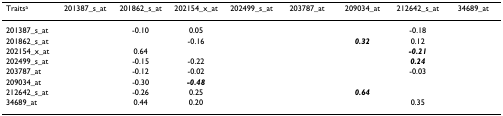
<table><thead><tr><td><b>Traits<sup>a</sup></b></td><td><b>201387_s_at</b></td><td><b>201862_s_at</b></td><td><b>202154_x_at</b></td><td><b>202499_s_at</b></td><td><b>203787_at</b></td><td><b>209034_at</b></td><td><b>212642_s_at</b></td><td><b>34689_at</b></td></tr></thead><tbody><tr><td>201387_s_at</td><td>[EMPTY_CELL]</td><td>-0.10</td><td>0.05</td><td>[EMPTY_CELL]</td><td>[EMPTY_CELL]</td><td>[EMPTY_CELL]</td><td>-0.18</td><td>[EMPTY_CELL]</td></tr><tr><td>201862_s_at</td><td>[EMPTY_CELL]</td><td>[EMPTY_CELL]</td><td>-0.16</td><td>[EMPTY_CELL]</td><td>[EMPTY_CELL]</td><td><b><i>0.32</i></b></td><td>0.12</td><td>[EMPTY_CELL]</td></tr><tr><td>202154_x_at</td><td>[EMPTY_CELL]</td><td>0.64</td><td>[EMPTY_CELL]</td><td>[EMPTY_CELL]</td><td>[EMPTY_CELL]</td><td>[EMPTY_CELL]</td><td><b><i>-0.21</i></b></td><td>[EMPTY_CELL]</td></tr><tr><td>202499_s_at</td><td>[EMPTY_CELL]</td><td>-0.15</td><td>-0.22</td><td>[EMPTY_CELL]</td><td>[EMPTY_CELL]</td><td>[EMPTY_CELL]</td><td><b><i>0.24</i></b></td><td>[EMPTY_CELL]</td></tr><tr><td>203787_at</td><td>[EMPTY_CELL]</td><td>-0.12</td><td>-0.02</td><td>[EMPTY_CELL]</td><td>[EMPTY_CELL]</td><td>[EMPTY_CELL]</td><td>-0.03</td><td>[EMPTY_CELL]</td></tr><tr><td>209034_at</td><td>[EMPTY_CELL]</td><td>-0.30</td><td><b><i>-0.48</i></b></td><td>[EMPTY_CELL]</td><td>[EMPTY_CELL]</td><td>[EMPTY_CELL]</td><td>[EMPTY_CELL]</td><td>[EMPTY_CELL]</td></tr><tr><td>212642_s_at</td><td>[EMPTY_CELL]</td><td>-0.26</td><td>0.25</td><td>[EMPTY_CELL]</td><td>[EMPTY_CELL]</td><td><b><i>0.64</i></b></td><td>[EMPTY_CELL]</td><td>[EMPTY_CELL]</td></tr><tr><td>34689_at</td><td>[EMPTY_CELL]</td><td>0.44</td><td>0.20</td><td>[EMPTY_CELL]</td><td>[EMPTY_CELL]</td><td>[EMPTY_CELL]</td><td>0.35</td><td>[EMPTY_CELL]</td></tr></tbody></table>